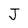
Character: J